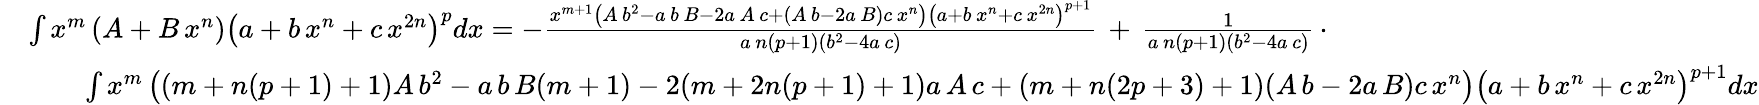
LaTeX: {\begin{array}{rl}&{\int x^{m}\left(A+B\, x^{n}\right)\left(a+b\, x^{n}+c\, x^{2n}\right)^{p}dx=-{\frac{x^{m+1}\left(A\, b^{2}-a\, b\, B-2a\, A\, c+(A\, b-2a\, B)c\, x^{n}\right)\left(a+b\, x^{n}+c\, x^{2n}\right)^{p+1}}{a\, n(p+1)\left(b^{2}-4a\, c\right)}}\, +\, {\frac{1}{a\, n(p+1)\left(b^{2}-4a\, c\right)}}\, \cdot}\\ &{\qquad\int x^{m}\left((m+n(p+1)+1)A\, b^{2}-a\, b\, B(m+1)-2(m+2n(p+1)+1)a\, A\, c+(m+n(2p+3)+1)(A\, b-2a\, B)c\, x^{n}\right)\left(a+b\, x^{n}+c\, x^{2n}\right)^{p+1}dx}\end{array}}